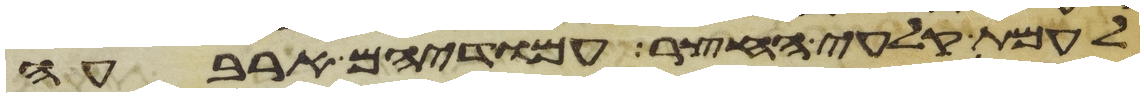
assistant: לעמת קלעי החצר עמודיהם ארבעה